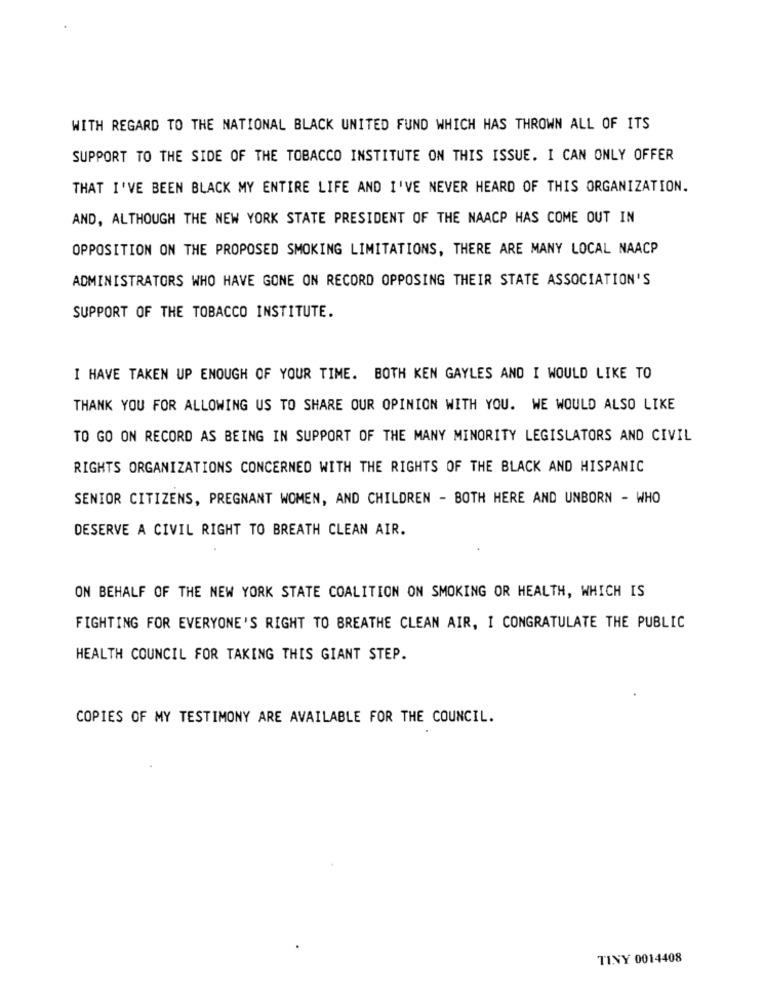
WITH REGARD TO THE NATIONAL BLACK UNITED FUND WHICH HAS THROWN ALL OF ITS
SUPPORT TO THE SIDE OF THE TOBACCO INSTITUTE ON THIS ISSUE. I CAN ONLY OFFER
THAT I'VE BEEN BLACK MY ENTIRE LIFE AND I'VE NEVER HEARD OF THIS ORGANIZATION.
AND, ALTHOUGH THE NEW YORK STATE PRESIDENT OF THE NAACP HAS COME OUT IN
OPPOSITION ON THE PROPOSED SMOKING LIMITATIONS, THERE ARE MANY LOCAL NAACP
ADMINISTRATORS WHO HAVE GONE ON RECORD OPPOSING THEIR STATE ASSOCIATION'S
SUPPORT OF THE TOBACCO INSTITUTE.
I HAVE TAKEN UP ENOUGH OF YOUR TIME. BOTH KEN GAYLES AND I WOULD LIKE TO
THANK YOU FOR ALLOWING US TO SHARE OUR OPINION WITH YOU. WE WOULD ALSO LIKE
TO GO ON RECORD AS BEING IN SUPPORT OF THE MANY MINORITY LEGISLATORS AND CIVIL
RIGHTS ORGANIZATIONS CONCERNED WITH THE RIGHTS OF THE BLACK AND HISPANIC
SENIOR CITIZENS, PREGNANT WOMEN, AND CHILDREN - BOTH HERE AND UNBORN - WHO
DESERVE A CIVIL RIGHT TO BREATH CLEAN AIR.
ON BEHALF OF THE NEW YORK STATE COALITION ON SMOKING OR HEALTH, WHICH IS
FIGHTING FOR EVERYONE'S RIGHT TO BREATHE CLEAN AIR, I CONGRATULATE THE PUBLIC
HEALTH COUNCIL FOR TAKING THIS GIANT STEP.
COPIES OF MY TESTIMONY ARE AVAILABLE FOR THE COUNCIL.
TINY 0014408